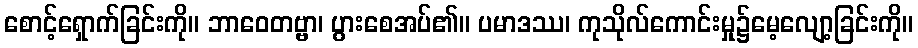
စောင့်ရှောက်ခြင်းကို။ ဘာဝေတဗ္ဗာ၊ ပွားစေအပ်၏။ ပမာဒဿ၊ ကုသိုလ်ကောင်းမှု၌မေ့လျော့ခြင်းကို။